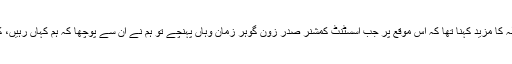
دانیال عبداللہ کا مزید کہنا تھا کہ اس موقع پر جب اسسٹنٹ کمشنر صدر زون گوہر زمان وہاں پہنچے تو ہم نے ان سے پوچھا کہ ہم کہاں رہیں، کہاں جائیں؟